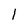
Character: 1